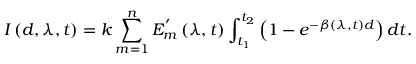
I \left( d , \lambda , t \right) = k \sum _ { m = 1 } ^ { n } E _ { m } ^ { ^ { \prime } } \left( \lambda , t \right) \int _ { t _ { 1 } } ^ { t _ { 2 } } \left( 1 - e ^ { - \beta \left( \lambda , t \right) d } \right) d t .